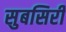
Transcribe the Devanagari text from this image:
सुबसिरी